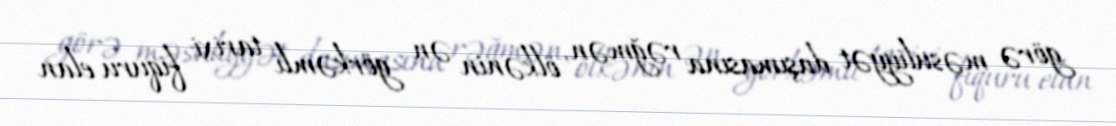
görə məsuliyyət daşımasına rəğmən, ölkənin ən görkəmli tarixi fiquru elan